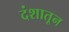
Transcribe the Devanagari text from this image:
दंशातून